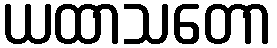
ယထာသတော